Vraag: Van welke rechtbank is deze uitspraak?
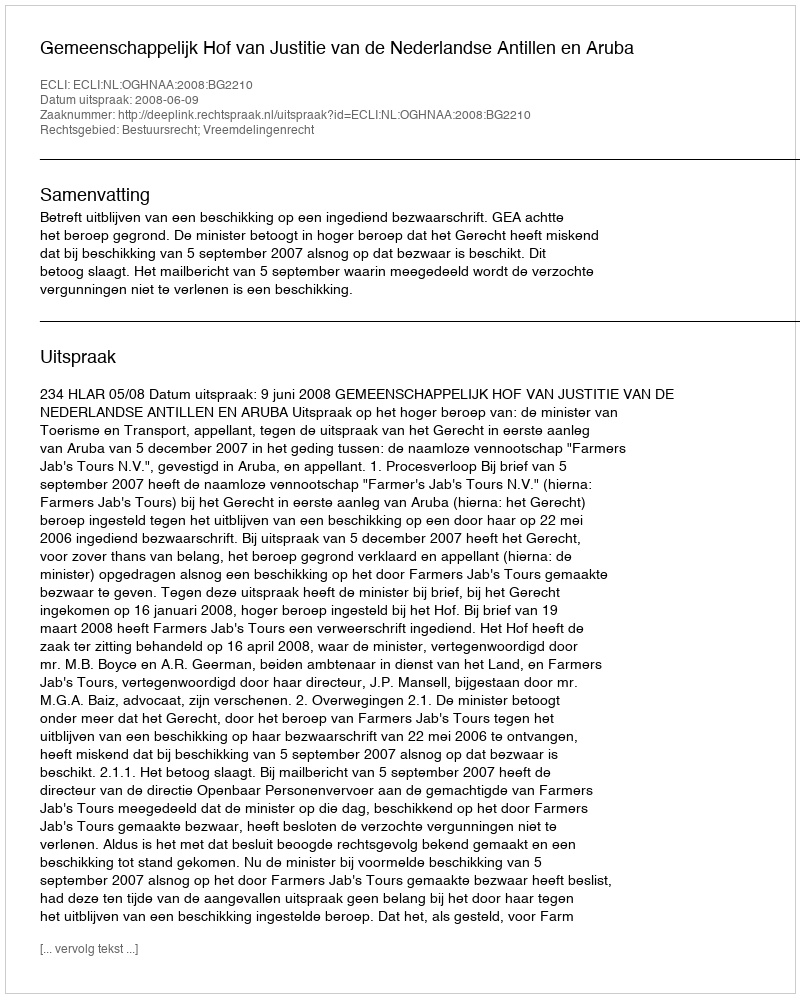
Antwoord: Gemeenschappelijk Hof van Justitie van de Nederlandse Antillen en Aruba